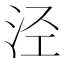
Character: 泾